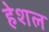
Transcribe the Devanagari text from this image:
हेशल